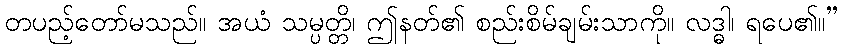
တပည့်တော်မသည်။ အယံ သမ္ပတ္တိ၊ ဤနတ်၏ စည်းစိမ်ချမ်းသာကို။ လဒ္ဓါ၊ ရပေ၏။”